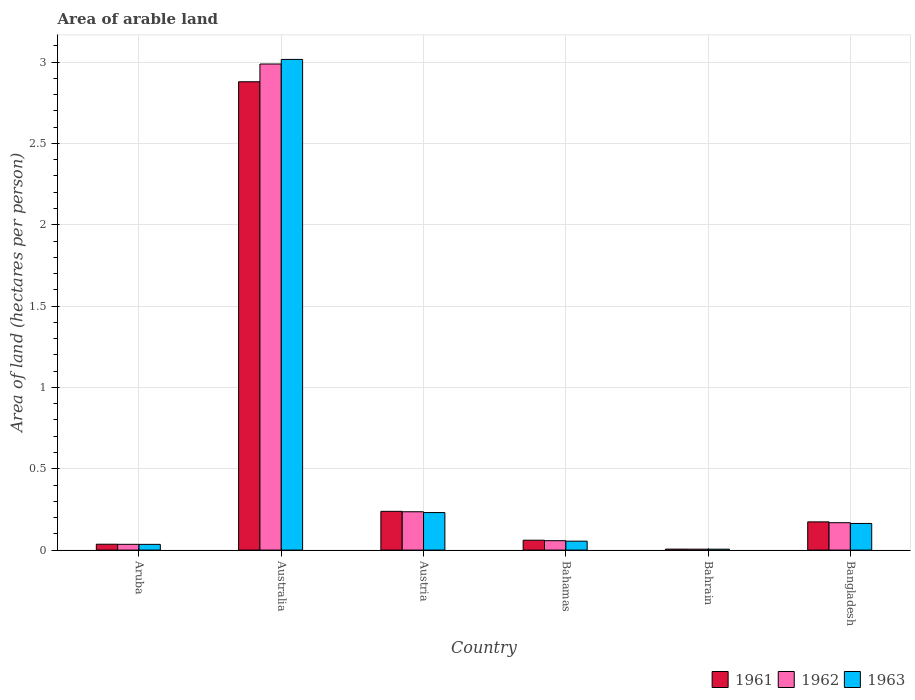
| Country | 1961 | 1962 | 1963 |
 | --- | --- | --- | --- |
 | Aruba | 0.0361 | 0.0356 | 0.0353 |
 | Australia | 2.88 | 2.99 | 3.02 |
 | Austria | 0.238 | 0.236 | 0.231 |
 | Bahamas | 0.0608 | 0.0578 | 0.055 |
 | Bahrain | 0.00596 | 0.00578 | 0.00562 |
 | Bangladesh | 0.174 | 0.168 | 0.164 |